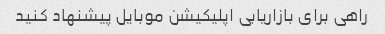
راهی برای بازاریابی اپلیکیشن موبایل پیشنهاد کنید